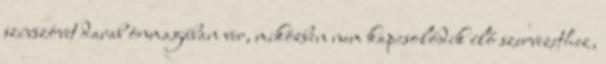
szívszövet darab önmagában ver, miközben nem kapcsolódik élő szervezethez,